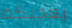
يعجبكم